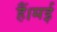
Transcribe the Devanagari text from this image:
हैं।मई